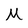
Character: M